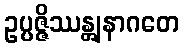
ဥပ္ပဇ္ဇိဿန္တျနာဂတေ